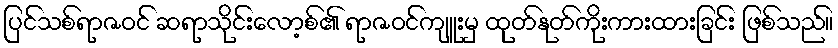
ပြင်သစ်ရာဇဝင် ဆရာသိုင်းလော့စ်၏ ရာဇဝင်ကျူးမှ ထုတ်နုတ်ကိုးကားထားခြင်း ဖြစ်သည်။